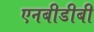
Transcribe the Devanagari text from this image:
एनबीडीबी